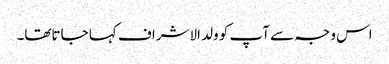
اس وجہ سے آپ کو ولد الاشراف کہا جاتاتھا۔